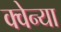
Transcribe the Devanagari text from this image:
क्वेन्या